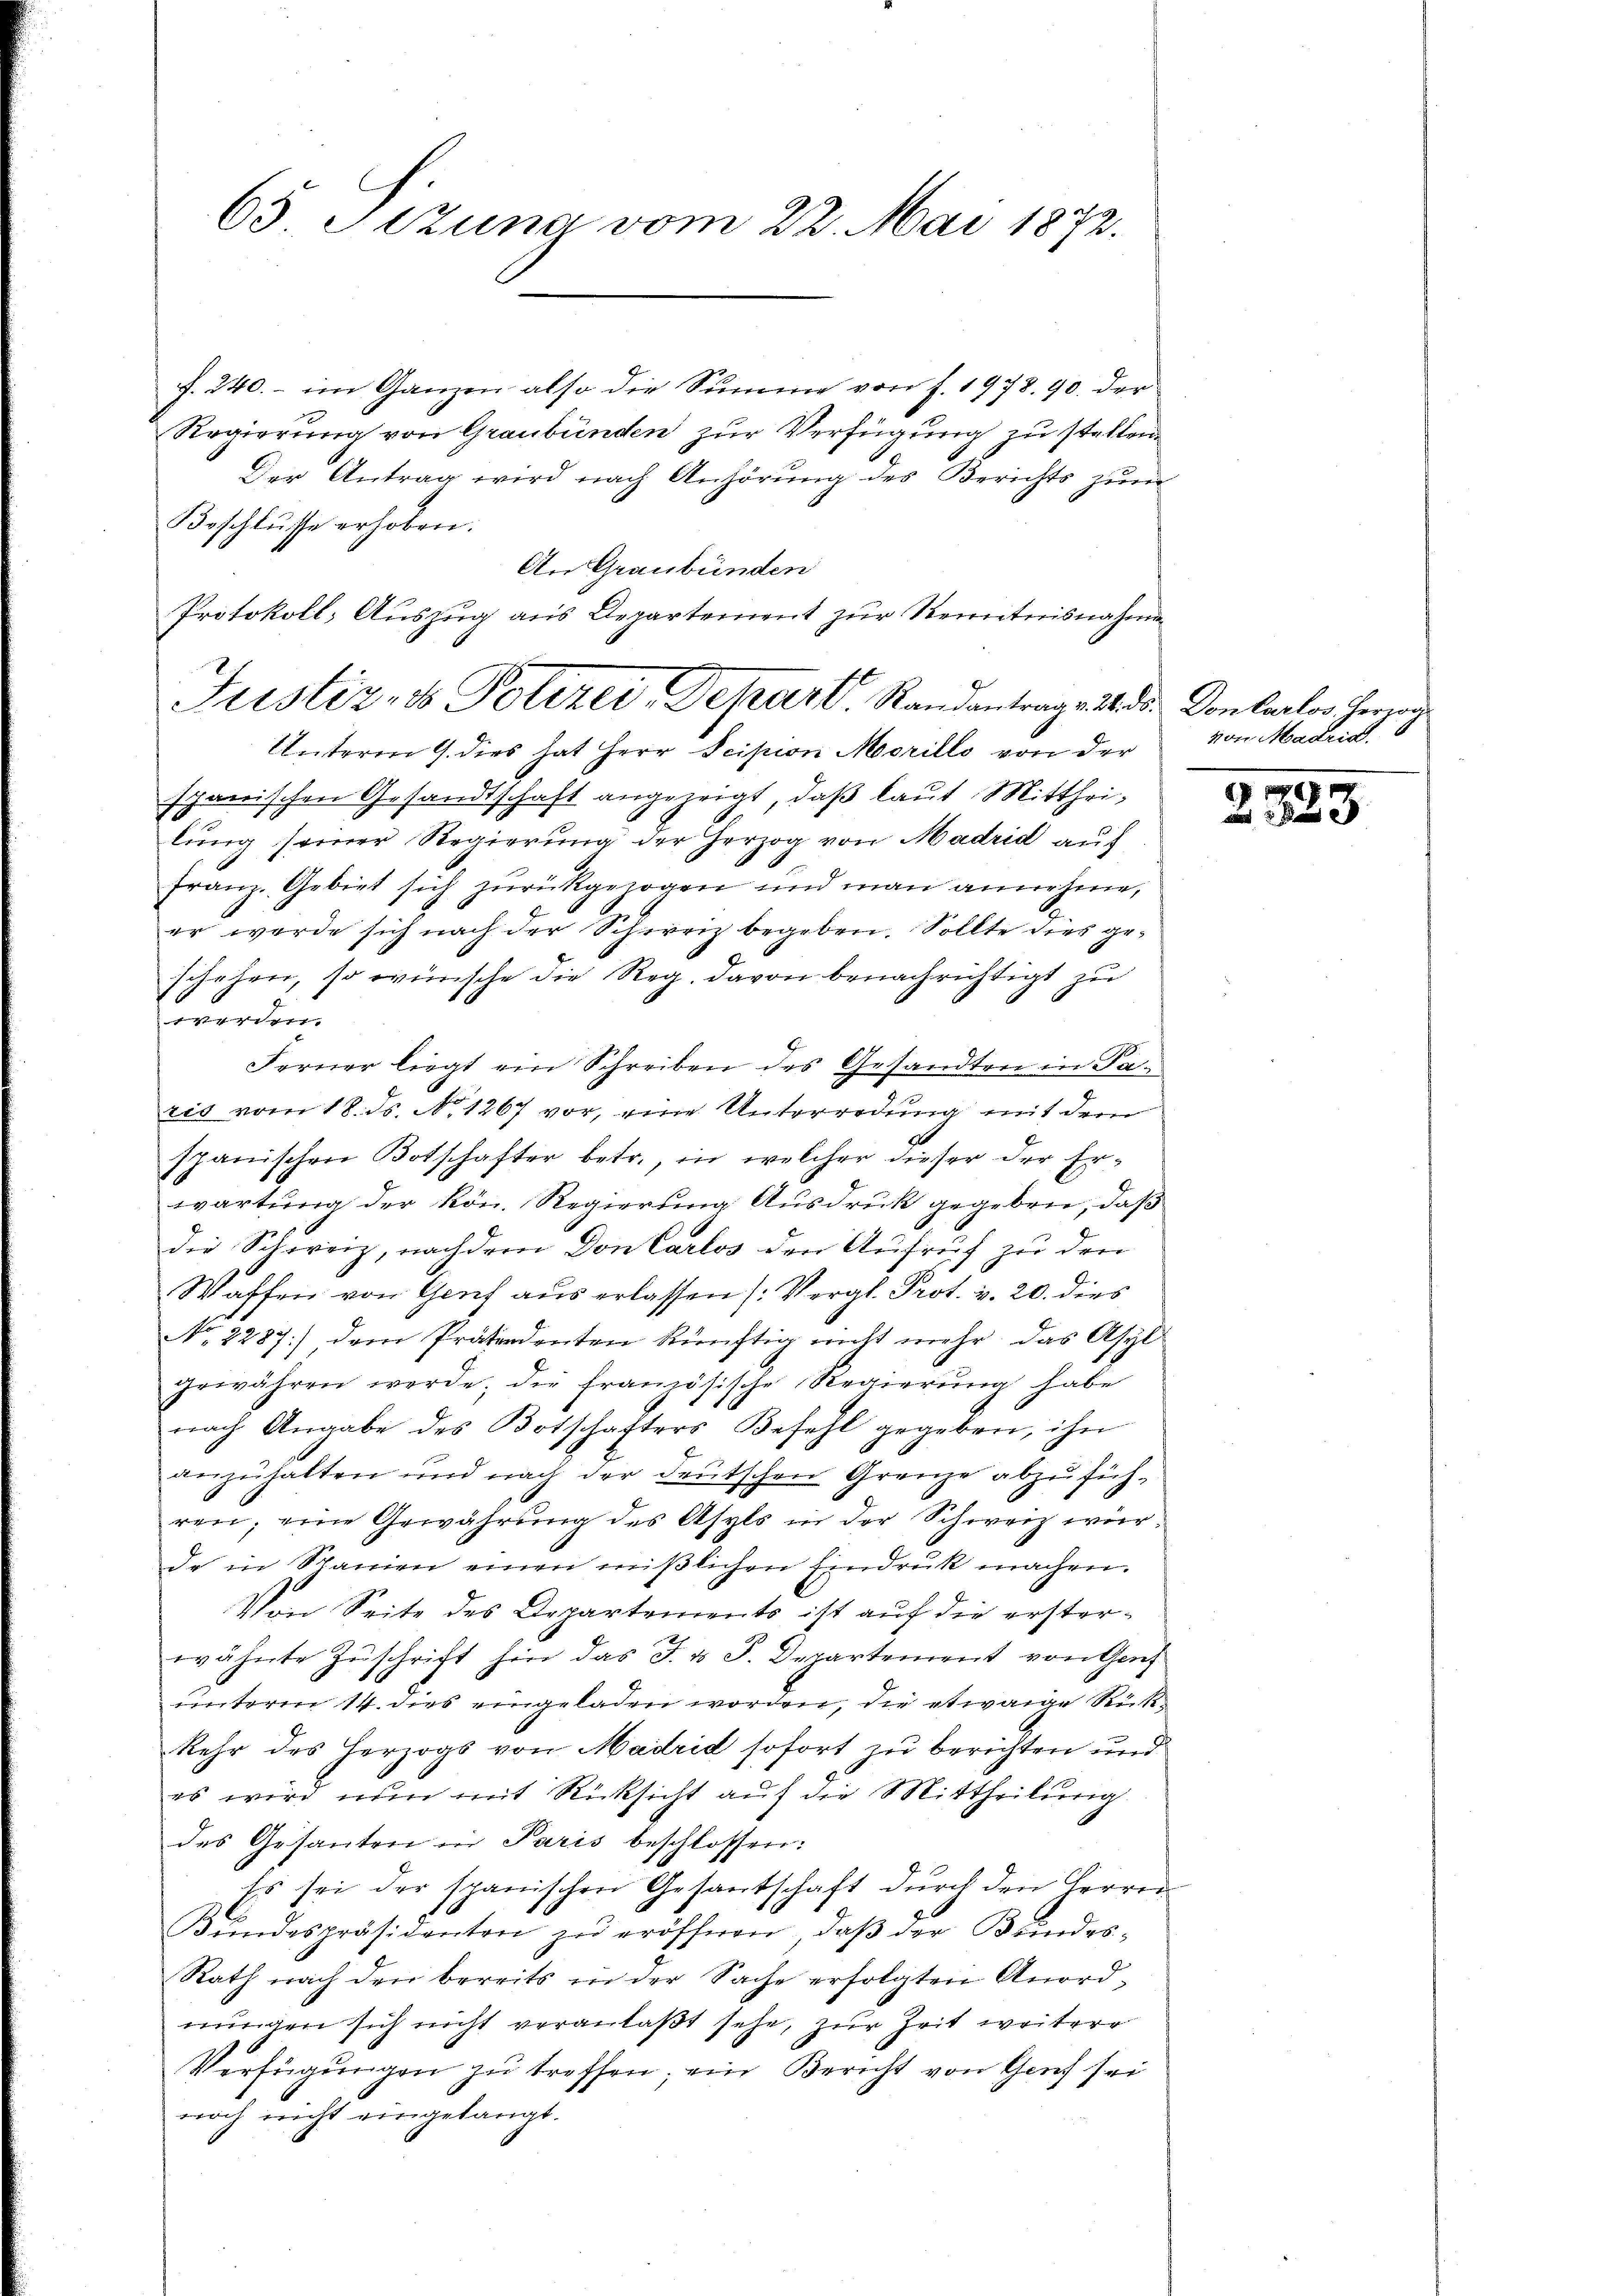
65 Sizung vom 22. Mai 1872.

f. 240. - im Ganzen also die Summe von f. 1978. 90. der
Regierung von Graubünden zur Verfügung zu stellen.
Der Antrag wird nach Anhörung des Berichts zur
Beschlŭsse erhoben.
An Graubünden
Unterm 9. dies hat Herr Scipion Morillo von der
spanischen Gesandtschaft angezeigt, daß laut Mittheilung seiner Regierung der Herzog von Madrid auf
franz. Gebiet sich zurückgezogen und man annehme,
er werde sich nach der Schweiz begeben. Sollte dies geschehen, so wünsche die Reg. davon benachrichtigt zu
werden.
Ferner liegt ein Schreiben des Gesandten in Daris vom 18. ds. No. 1267 vor, eine Unterredung mit dem
spanischen Botschafter betr., in welcher dieser der Erwartung der kön. Regierung Ausdruck gegeben, daß
die Schweiz, nachdem Don Carlos den Aufruf zu der
Waffen von Genf aus erlassen (: Vergl. Prot. v. 20. dies
No. 2287) dem Prätendenten künftig nicht mehr das Asyl
gewähren werde; die französische Regierŭng habe
nach Angabe des Botschafters Befehl gegeben, ihn
anzuhalten und nach der deutschen Grenze abzuführen; eine Gewährung des Asyls in der Schweiz wir
dr in Spanien einen mißlichen Eindruck machen.
Von Seite des Departements ist auf die ersterwähnte Zuschrift hin das J. v. J. Departement von Ga
unterm 14. dies eingeladen worden, die etwaige Rückkehr des Herzogs von Madrid sofort zu berichten und
es wird nun mit Rücksicht aŭf die Mittheilung
des Gesanten in Paris beschlossen:
Es sei der spanischen Gesantschaft durch den Herren
Bŭndespräsidenten zŭ eröffnen, daβ der Bŭndes-
Rath nach den bereits in der Sache erfolgten Anordnungen sich nicht veranlaßt sehe, zur Zeit weiterr
Verfügŭngen zŭ treffen; ein Bericht von Genf sei
noch nicht eingelangt.

Protokoll, Auszug aus Departement zur Kenntnisnahmen
Justiz- & Polizei, Depart Randantrage 12. ds. Konkartes Herzen¬

von Madrid.

2323